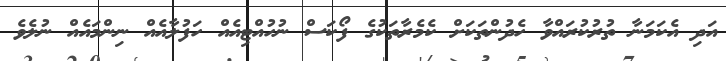
އަދި އެކަމަނާ ތުރުކުރައްވާ ހެދުންތަކަށް ކެމެރާތަކުގެ ފޯކަސް ނުހުއްޓިއެއް ހަފުލާއެއް ނިންމައެއް ނުލެވެ